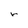
Character: r